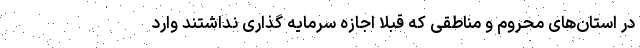
در استان‌های محروم و مناطقی که قبلاً اجازه سرمایه گذاری نداشتند وارد